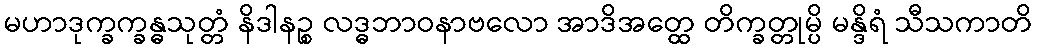
မဟာဒုက္ခက္ခန္ဓသုတ္တံ နိဒါနဉ္စ လဒ္ဓဘာဝနာဗလော အာဒိအတ္ထေ တိက္ခတ္တုမ္ပိ မန္ဒိရံ သီသကာတိ